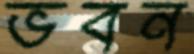
ভবন